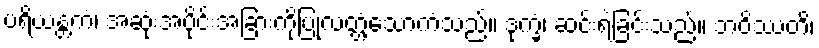
ပရိယန္တကံ၊ အဆုံးအပိုင်းအခြားကိုပြုလတ္တံ့သောကံသည်။ ဒုက္ခံ၊ ဆင်းရဲခြင်းသည်။ ဘဝိဿတိ၊